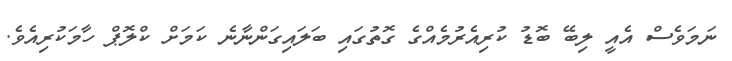
ނަމަވެސް އެއީ ލިބޭ ބޮޑު ކުރިއެރުމެއްގެ ގޮތުގައި ބަލައިގަންނާނެ ކަމަށް ކްލޮޕް ހާމަކުރިއެވެ.